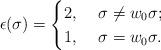
LaTeX: \begin{align*} \epsilon(\sigma) = \begin{cases} 2, & \ \sigma \neq w_0 \sigma; \\ 1 , & \ \sigma = w_0 \sigma. \end{cases}\end{align*}